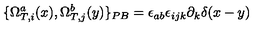
\{ \Omega _ { T , i } ^ { a } ( x ) , \Omega _ { T , j } ^ { b } ( y ) \} _ { P B } = \epsilon _ { a b } \epsilon _ { i j k } \partial _ { k } \delta ( x - y )